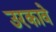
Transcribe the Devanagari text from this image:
उरकावे